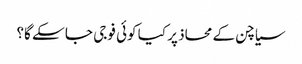
سیاچن کے محاذ پر کیا کوئی فوجی جا سکے گا؟